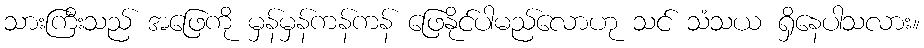
သားကြီးသည် အဖြေကို မှန်မှန်ကန်ကန် ဖြေနိုင်ပါမည်လောဟု သင် သံသယ ရှိနေပါသလား။